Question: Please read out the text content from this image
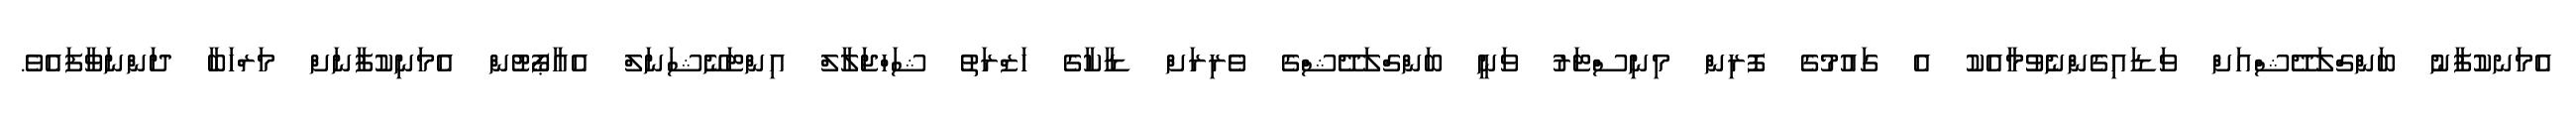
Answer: އެމަނކުފާނު ބަންގްލަދޭޝްއަށް ވަޑައިގެންނެވުމާއެކު އެ ގައުމުގެ ފޮރިން މިނިސްޓަރު ވަނީ ބަންގްލަދޭޝްގެ ވެރިރަށް ޑާކާގެ ހަޒްރަތު ޝަހްޖަލާލް އިންޓަނޭޝަނަލް އެއާޕޯޓުން އެމަނިކުފާނަށް މަރްހަބާ ދަންނަވާފައެވެ.